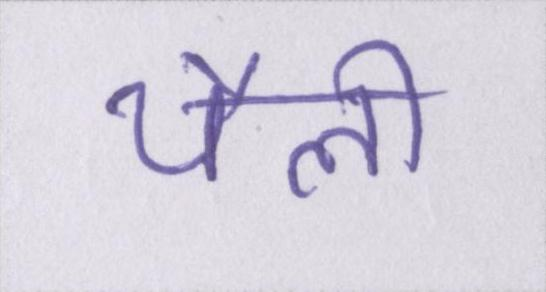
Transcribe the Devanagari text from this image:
थैली